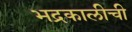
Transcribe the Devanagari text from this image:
भद्रकालीची